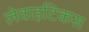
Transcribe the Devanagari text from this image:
लेवाइटिकस